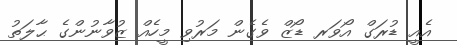
އެއީ ޑުރަގް އޯވަރ ޑޯޒް ވެގެން މަރުވި މީހެއް ޒުވާނުންގެ ޙާލަތު